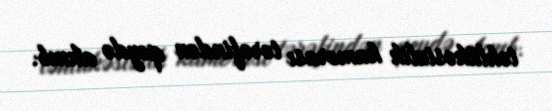
təhlükəsizlik kamerası tərəfindən qeydə alınıb.